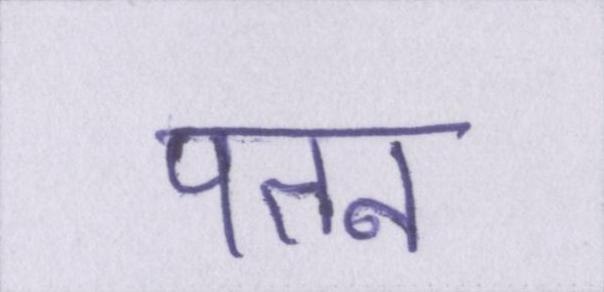
पतन